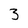
Character: 3